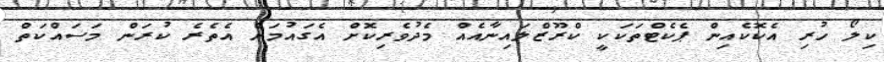
ކިލޯ ހުރި އެކޮކެއިން ޕެކެޓްތަކަކީ ކްރޫޒްލައިނާއެއް މެދުވެރިކޮށް އެގައުމަށް އެތެރެ ކުރަން މަސައްކަތް